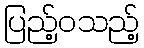
ပြည့်ဝသည့်